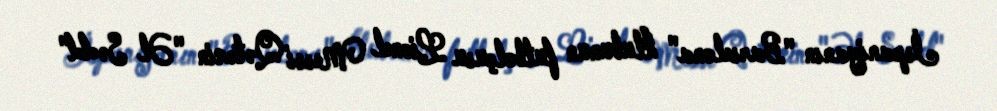
İspaniyanın "Barselona" klubunun futbolçusu Lionel Messi Qətərin "Əl Sədd"